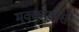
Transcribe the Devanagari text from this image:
मक्कावासी